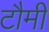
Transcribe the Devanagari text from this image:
टौमी